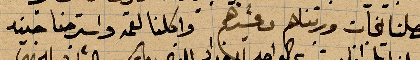
وصلنا الخان ورتناهم و... واكلنا القمح واسترحنا ...